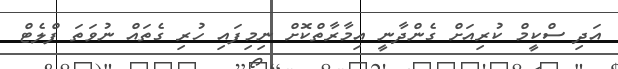
އަދި ސްކީމް ކުރިއަށް ގެންދާނީ އިމާރާތްކޮށް ނިމިފައި ހުރި ގެތައް ނުވަތަ ފްލެޓް